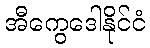
အီကွေဒေါနိုင်ငံ